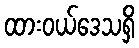
ထားဝယ်ဒေသရှိ